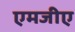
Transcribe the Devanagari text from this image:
एमजीए